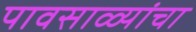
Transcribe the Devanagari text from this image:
पावसाळ्यांचा